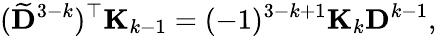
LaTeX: (\widetilde{\mathbf D}^{3-k})^{\top}{\mathbf K}_{k-1}=(-1)^{3-k+1}{\mathbf K}_{k}{\mathbf D}^{k-1},